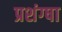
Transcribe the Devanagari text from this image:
प्रशंग्षा